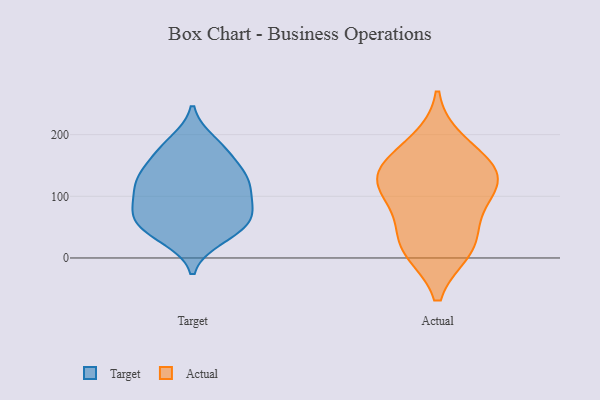
{"axis": {"x": "Waste Production (Tons)", "y": "Value"}, "legend": ["Actual", "Target"], "data": [{"x": "", "y": 84, "type": "Target"}, {"x": "", "y": 65, "type": "Target"}, {"x": "", "y": 188, "type": "Target"}, {"x": "", "y": 53, "type": "Target"}, {"x": "", "y": 96, "type": "Target"}, {"x": "", "y": 119, "type": "Target"}, {"x": "", "y": 50, "type": "Target"}, {"x": "", "y": 176, "type": "Target"}, {"x": "", "y": 132, "type": "Target"}, {"x": "", "y": 138, "type": "Target"}, {"x": "", "y": 38, "type": "Target"}, {"x": "", "y": 32, "type": "Target"}, {"x": "", "y": 176, "type": "Target"}, {"x": "", "y": 72, "type": "Target"}, {"x": "", "y": 115, "type": "Target"}, {"x": "", "y": 72, "type": "Target"}, {"x": "", "y": 145, "type": "Target"}, {"x": "", "y": 120, "type": "Target"}, {"x": "", "y": 142, "type": "Actual"}, {"x": "", "y": 13, "type": "Actual"}, {"x": "", "y": 130, "type": "Actual"}, {"x": "", "y": 118, "type": "Actual"}, {"x": "", "y": 79, "type": "Actual"}, {"x": "", "y": 13, "type": "Actual"}, {"x": "", "y": 113, "type": "Actual"}, {"x": "", "y": 155, "type": "Actual"}, {"x": "", "y": 188, "type": "Actual"}, {"x": "", "y": 35, "type": "Actual"}]}